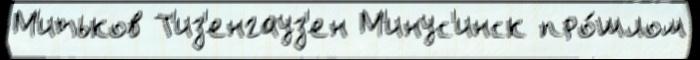
М'итьков Т'из'енгауз'ен М'инус'инск про́шлом